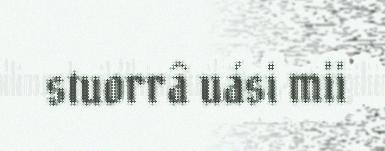
stuorrâ uási mii